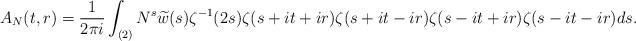
LaTeX: \begin{align*} A_N(t,r) = \frac{1}{2 \pi i} \int_{(2)} N^s \widetilde{w}(s) \zeta^{-1}(2s) \zeta(s+it+ir) \zeta(s+it-ir) \zeta(s-it+ir) \zeta(s-it-ir) ds. \end{align*}